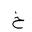
Letter: _kha